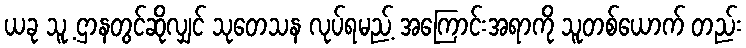
ယခု သူ့ ဌာနတွင်ဆိုလျှင် သုတေသန လုပ်ရမည့် အကြောင်းအရာကို သူတစ်ယောက် တည်း